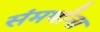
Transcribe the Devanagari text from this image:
संमर्थांना